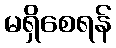
မရှိစေရန်